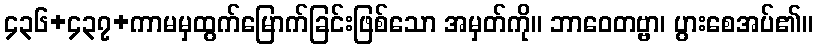
၄၃၆+၄၃၇+ကာမမှထွက်မြောက်ခြင်းဖြစ်သော အမှတ်ကို။ ဘာဝေတဗ္ဗာ၊ ပွားစေအပ်၏။